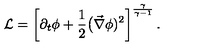
{ \cal L } = \left[ \partial _ { t } \phi + \frac { 1 } { 2 } \big ( \vec { \nabla } \phi ) ^ { 2 } \right] ^ { \frac { \gamma } { \gamma - 1 } } .